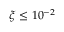
\xi \le 1 0 ^ { - 2 }